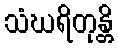
သံဃရိတုန္တိ